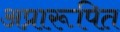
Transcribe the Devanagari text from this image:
अप्रारूपित